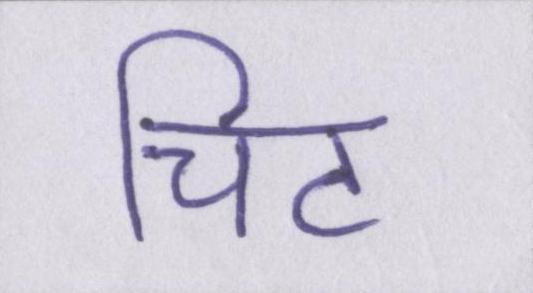
चिट